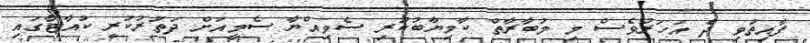
ފާއިތުވި ދެ އަހަރުވެސް މި މުބާރާތް ކާމިޔާބުކުރި ސެވިއްޔާ ސެމީއަށް ދަތުރުކުރީ ކުއާޓާގައި